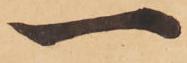
一